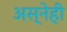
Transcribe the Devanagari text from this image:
अस्नेही